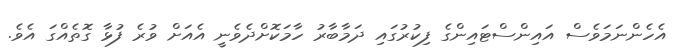
އެހެންނަމަވެސް އައިންސްޓައިންގެ ފިކުރުގައި ދަމާބާރު ހާމަކޮށްދެވެނީ އެއަށް ވުރެ ފުޅާ ގޮތެއްގަ އެވެ.